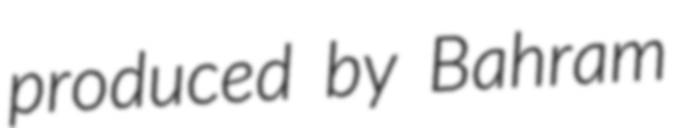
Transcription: produced by Bahram